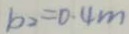
b _ { 2 } = 0 . 4 m